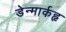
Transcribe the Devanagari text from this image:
डेन्मार्कहृ